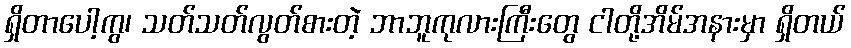
ရှိတာပေါ့ကွ၊ သတ်သတ်လွတ်စားတဲ့ ဘာဘူကုလားကြီးတွေ ငါတို့အိမ်အနားမှာ ရှိတယ်